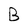
Character: B